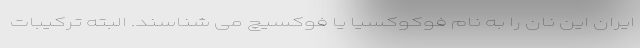
ایران این نان را به نام فوکوکسیا یا فوکسیچ می شناسند. البته ترکیبات